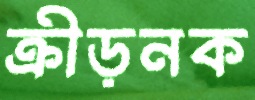
ক্রীড়নক